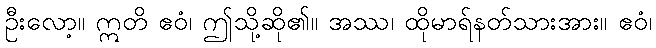
ဦးလော့။ ဣတိ ဧဝံ၊ ဤသို့ဆို၏။ အဿ၊ ထိုမာရ်နတ်သားအား။ ဧဝံ၊